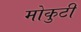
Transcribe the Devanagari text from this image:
मोकुटी